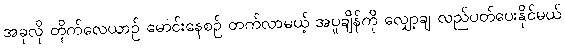
အခုလို တိုက်လေယာဉ် မောင်းနေစဉ် တက်လာမယ့် အပူချိန်ကို လျှော့ချ လည်ပတ်ပေးနိုင်မယ်